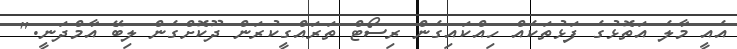
އެއީ މާލެ އަތޮޅުގެ ފަޅުތަކެއް ހިއްކައިގެން ރިސޯޓް ތަރައްގީކުރަން ދޫކޮށްގެން ލިބޭ އާމްދަނީ."